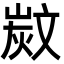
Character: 𣁗